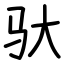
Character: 驮